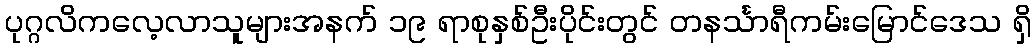
ပုဂ္ဂလိကလေ့လာသူများအနက် ၁၉ ရာစုနှစ်ဦးပိုင်းတွင် တနင်္သာရီကမ်းမြောင်ဒေသ ရှိ